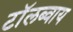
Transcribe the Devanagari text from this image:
टाॅलब्वाय